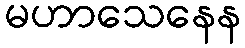
မဟာသေနေန